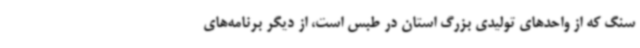
سنگ که از واحدهای تولیدی بزرگ استان در طبس است، از دیگر برنامه‌های